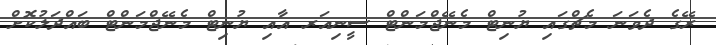
ރޭގެ ދެވަނަ މެޗްގައި ޔުނިޓް މެނޭޖްމަންޓް ސީނިއަރ އާއި ޔުނިޓް މެނޭޖްމަންޓް ބައްދަލުކޮށް